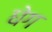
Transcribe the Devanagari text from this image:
घेग